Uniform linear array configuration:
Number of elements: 12
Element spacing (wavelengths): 1
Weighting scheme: exponential
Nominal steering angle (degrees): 45
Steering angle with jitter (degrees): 45.92
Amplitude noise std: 0.05
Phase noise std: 0.05

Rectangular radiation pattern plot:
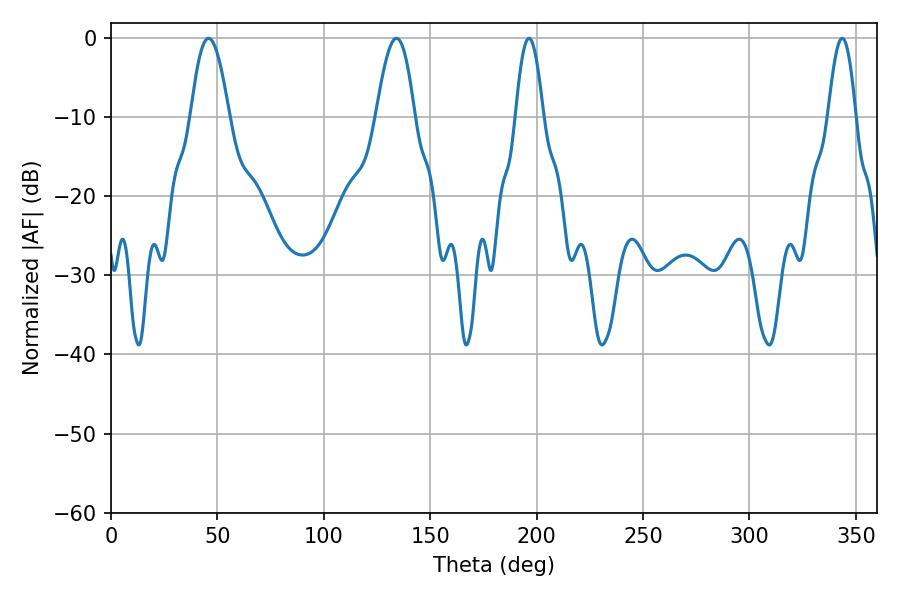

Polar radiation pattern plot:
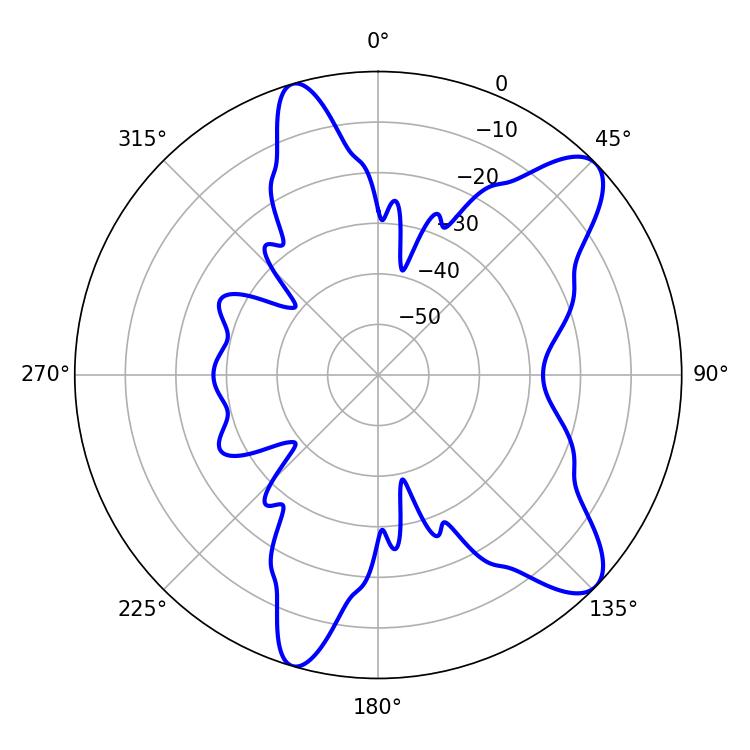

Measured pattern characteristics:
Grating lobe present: TRUE
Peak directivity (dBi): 9.954
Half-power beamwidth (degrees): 7.02
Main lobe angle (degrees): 196.38